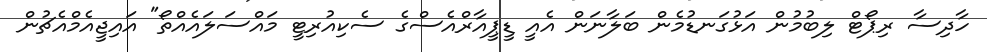
ހާދިސާ ރިޕޯޓް ލިބުމުން އަޅުގަނޑުމެން ބަލާނަން އެއީ ޑީޕީއާރްއެސްގެ ސެކިއުރިޓީ މައްސަލައެއްތޯ" އައިޖީއެމްއެޗުން